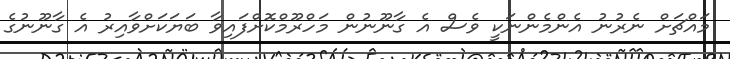
މައްޗަށް ނެރުނު އެންމެންނަކީ ވެސް އެ ގާނޫނުން މަހްރޫމްކޮށްފައިވާ ބަޔަކަށްވާއިރު އެ ގާނޫނުގެ